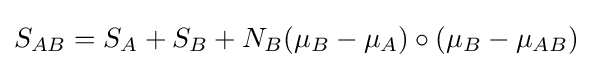
S_{AB}=S_{A}+S_{B}+N_{B}(\mu _{B}-\mu _{A})\circ (\mu _{B}-\mu _{AB})